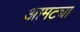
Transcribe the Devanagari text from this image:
आमट्या